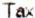
TAX